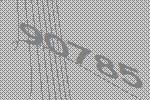
90785